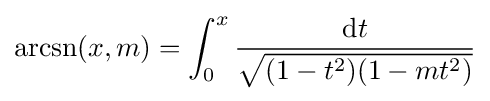
\operatorname {arcsn} (x,m)=\int _{0}^{x}{\frac {\mathrm {d} t}{\sqrt {(1-t^{2})(1-mt^{2})}}}